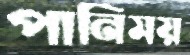
পানিময়